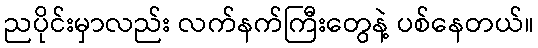
ညပိုင်းမှာလည်း လက်နက်ကြီးတွေနဲ့ ပစ်နေတယ်။